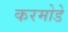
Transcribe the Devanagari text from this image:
करमोडे